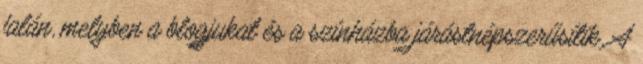
falán, melyben a blogjukat és a színházba járástnépszerűsítik. A